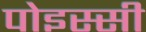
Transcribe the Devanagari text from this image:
पोइस्सी